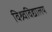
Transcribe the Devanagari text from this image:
विश्र्वविद्यालय